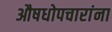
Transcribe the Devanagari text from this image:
औषधोपचारांना